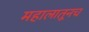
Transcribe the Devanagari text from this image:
महालातूनच